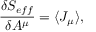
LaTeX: \frac { \delta S _ { e f f } } { \delta A ^ { \mu } } = \langle J _ { \mu } \rangle ,